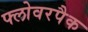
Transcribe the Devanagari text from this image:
फ्लोवरपैक